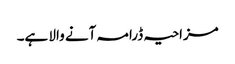
مزاحیہ ڈرامہ آنے والا ہے۔